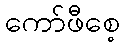
ကော်ဖီစေ့